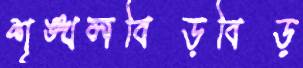
শৃঙ্খলবিড়বিড়